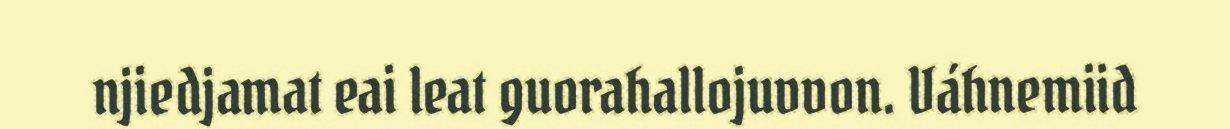
njiedjamat eai leat guorahallojuvvon. Váhnemiid